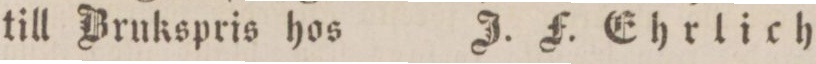
till Brukspris hos    J. F. Ehrlich.